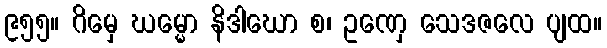
၉၅၅။ ဂိမှေ ဃမ္မော နိဒါဃော စ၊ ဥဏှေ သေဒဇလေ ပျထ။